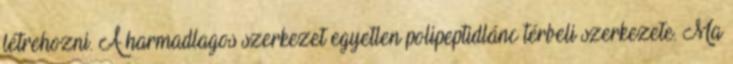
létrehozni. A harmadlagos szerkezet egyetlen polipeptidlánc térbeli szerkezete. Ma